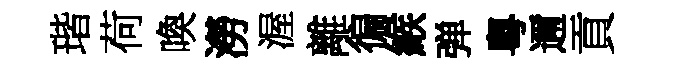
瑎荷喚澇渥離徧緱弹粵邇貢